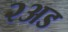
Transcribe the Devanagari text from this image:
२अड